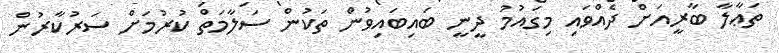
ތަޢާލާ ބާރީއަށް ދެއްވައި މިގައުމު ދީނީ ބައިބައިވުން ތަކުން ސަލާމަތް ކުރުމަށް ސަރުކާރުން